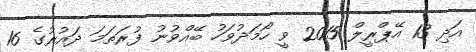
އަދި 13 އޭޕްރީލް 2015 ވީ ހޯމަދުވަހު ބޭއްވުނު ފުރަތަމަ ދައުރުގެ 16